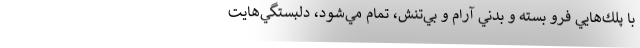
با پلك‌هايي فرو بسته و بدني آرام و بي‌تنش، تمام مي‌شود، دلبستگي‌هايت